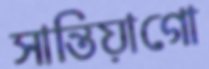
সান্তিয়াগো